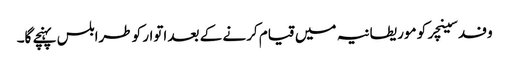
وفد سینچر کو موریطانیہ میں قیام کرنے کے بعد اتوار کو طرابلس پہنچے گا۔